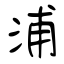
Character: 浦